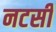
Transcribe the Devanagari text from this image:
नटसी